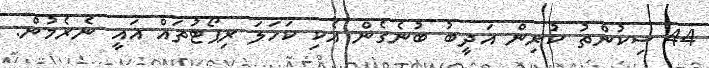
44 ސިކުންތު ކުރިން އަދީބު ބުނެގެން އެކި ކަހަލަ ރިޕޯޓުތައް އައީ ނެރެމުން: